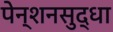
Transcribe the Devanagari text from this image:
पेन्शनसुद्धा